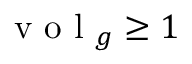
\mathrm { ~ v ~ o ~ l ~ } _ { g } \ge 1